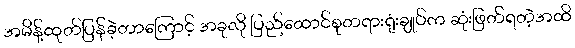
အမိန့်ထုတ်ပြန်ခဲ့တာကြောင့် အခုလို ပြည်ထောင်စုတရားရုံးချုပ်က ဆုံးဖြတ်ရတဲ့အထိ